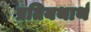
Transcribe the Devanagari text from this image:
प्रतियथार्थ